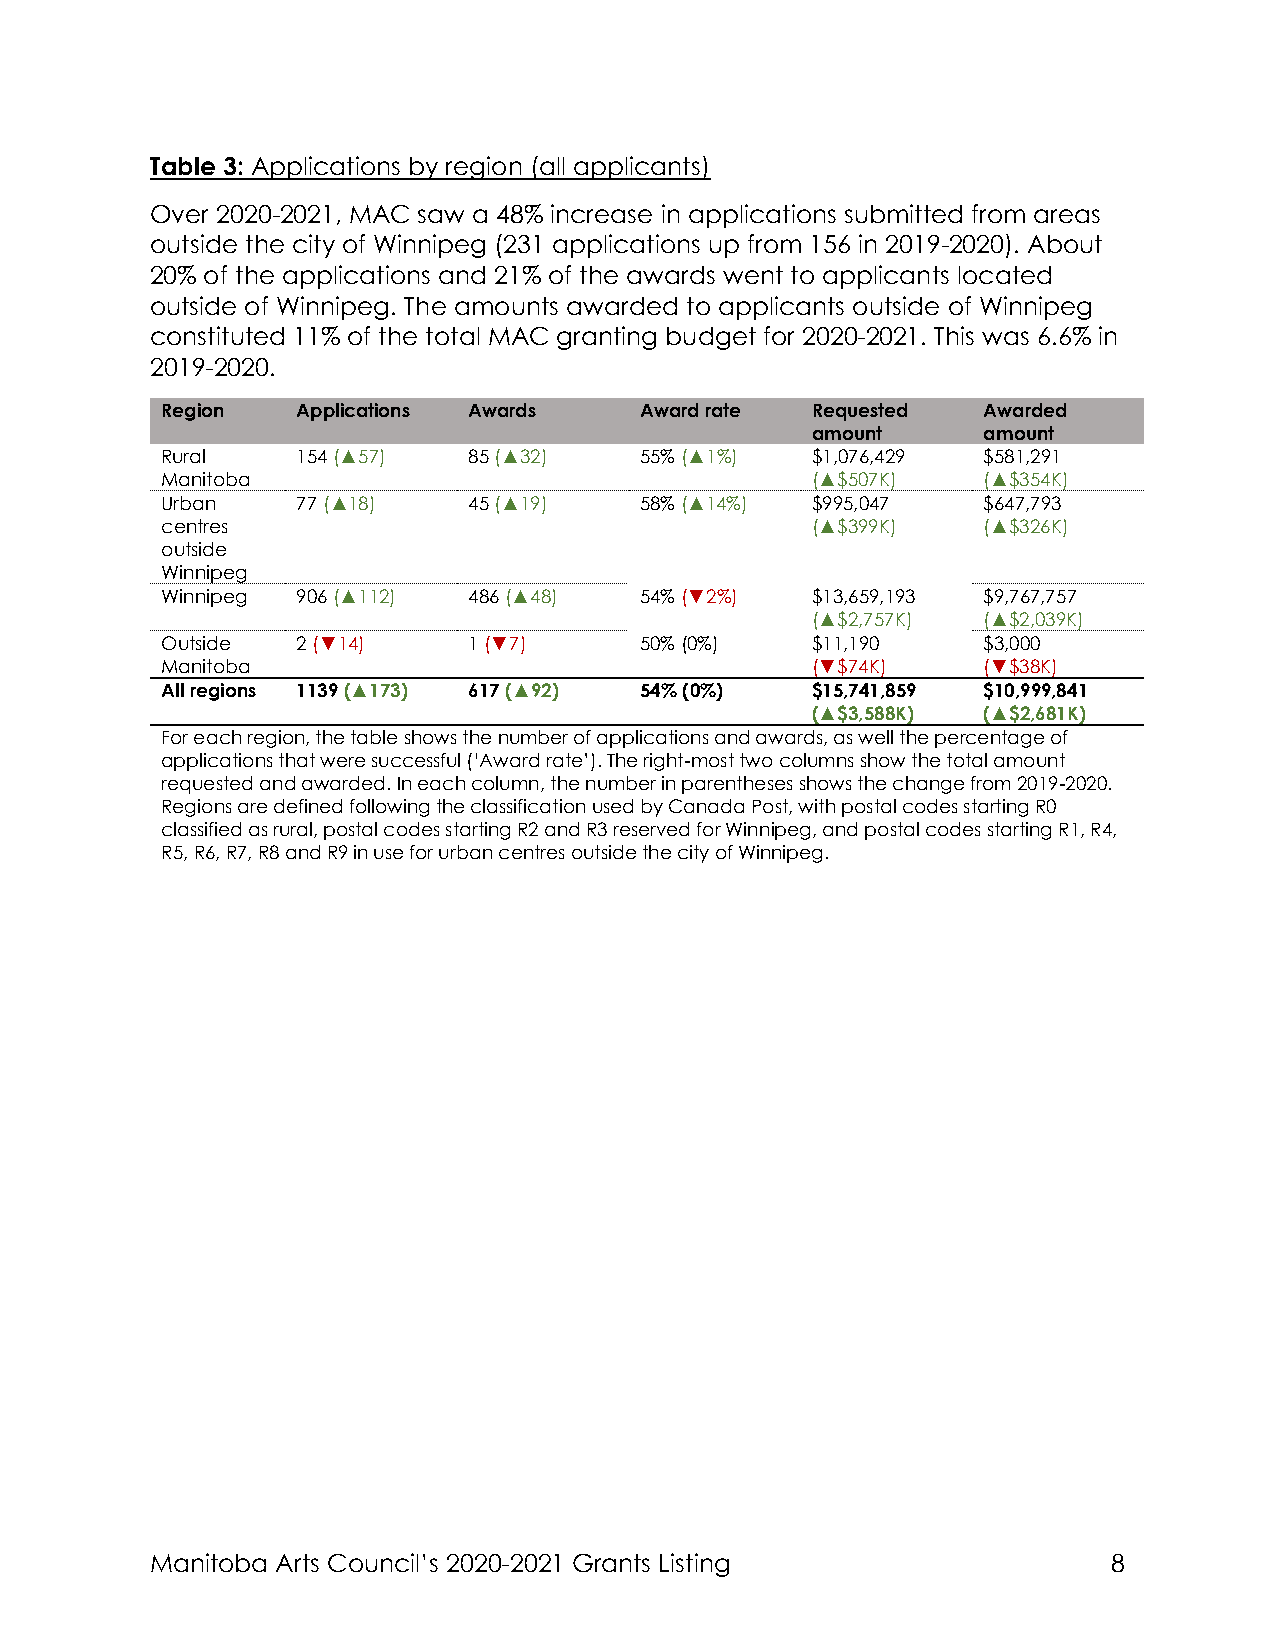
Table 3: Applications by region (all applicants)
 Over 2020-2021, MAC saw a 48% increase in applications submitted from areas
 outside the city of Winnipeg (231 applications up from 156 in 2019-2020). About
 20% of the applications and 21% of the awards went to applicants located
 outside of Winnipeg. The amounts awarded to applicants outside of Winnipeg
 constituted 11% of the total MAC granting budget for 2020-2021. This was 6.6% in
 2019-2020.
 Region   Applications Awards   Award rate  Requested  Awarded
 amount     amount
 Rural    154 (▲57)  85 (▲32)   55% (▲1%)   $1,076,429 $581,291
 Manitoba                                   (▲$507K)   (▲$354K)
 Urban    77 (▲18)   45 (▲19)   58% (▲14%)  $995,047   $647,793
 centres                                    (▲$399K)   (▲$326K)
 outside
 Winnipeg
 Winnipeg 906 (▲112) 486 (▲48)  54% (▼2%)   $13,659,193 $9,767,757
 (▲$2,757K) (▲$2,039K)
 Outside  2 (▼14)    1 (▼7)     50% (0%)    $11,190    $3,000
 Manitoba                                   (▼$74K)    (▼$38K)
 All regions 1139 (▲173) 617 (▲92) 54% (0%) $15,741,859 $10,999,841
 (▲$3,588K) (▲$2,681K)
 For each region, the table shows the number of applications and awards, as well the percentage of
 applications that were successful (‘Award rate’). The right-most two columns show the total amount
 requested and awarded. In each column, the number in parentheses shows the change from 2019-2020.
 Regions are defined following the classification used by Canada Post, with postal codes starting R0
 classified as rural, postal codes starting R2 and R3 reserved for Winnipeg, and postal codes starting R1, R4,
 R5, R6, R7, R8 and R9 in use for urban centres outside the city of Winnipeg.
 Manitoba Arts Council’s 2020-2021 Grants Listing                8